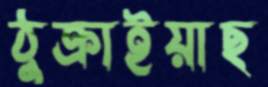
ঠুক্‌রাইয়াছ